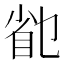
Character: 𰥟